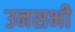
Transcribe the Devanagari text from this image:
उनसभी